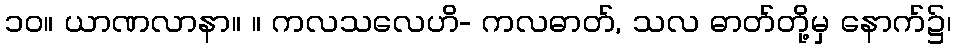
၁၀။ ယာဏလာနာ။ ။ ကလသလေဟိ- ကလဓာတ်, သလ ဓာတ်တို့မှ နောက်၌၊